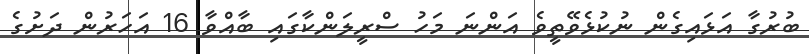
ބުރުގާ އަޅައިގެން ނުކުޅެވޭތީވެ އަންނަ މަހު ސްރީލަންކާގައި ބާއްވާ 16 އަހަރުން ދަށުގެ